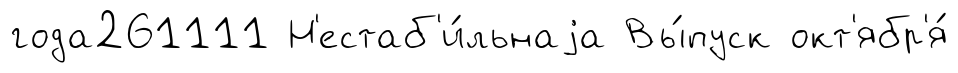
года261111 Н'естаб'и́льнаjа Вы́пуск окт'ябр'я́